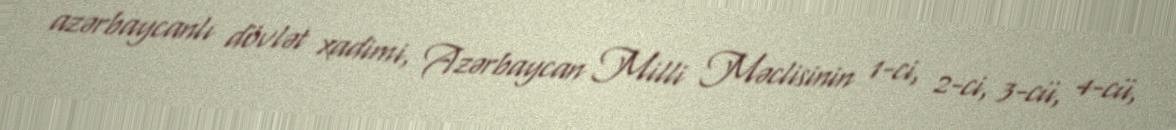
azərbaycanlı dövlət xadimi, Azərbaycan Milli Məclisinin 1-ci, 2-ci, 3-cü, 4-cü,